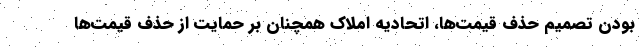
بودن تصمیم حذف قیمت‌ها، اتحادیه املاک همچنان بر حمایت از حذف قیمت‌ها